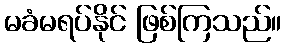
မခံမရပ်နိုင် ဖြစ်ကြသည်။